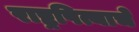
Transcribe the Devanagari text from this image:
राष्ट्रपित्याचे